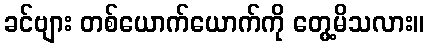
ခင်ဗျား တစ်ယောက်ယောက်ကို တွေ့မိသလား။